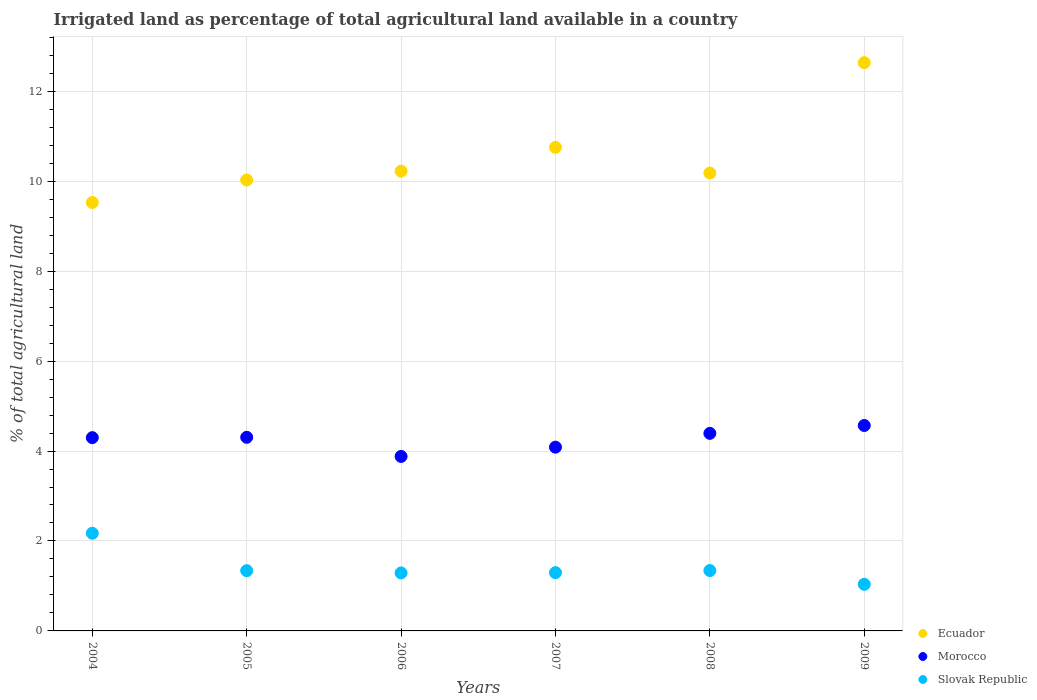
| Years | Ecuador | Morocco | Slovak Republic |
 | --- | --- | --- | --- |
 | 2004 | 9.53 | 4.3 | 2.17 |
 | 2005 | 10 | 4.3 | 1.34 |
 | 2006 | 10.2 | 3.88 | 1.29 |
 | 2007 | 10.8 | 4.09 | 1.3 |
 | 2008 | 10.2 | 4.39 | 1.34 |
 | 2009 | 12.6 | 4.57 | 1.04 |